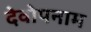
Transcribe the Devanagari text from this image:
देवोपनाम